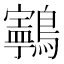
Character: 𱉂